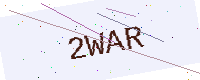
Text: 2WAR